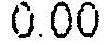
0.00